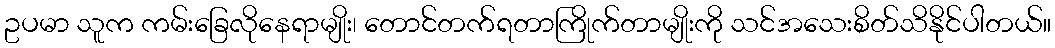
ဥပမာ သူက ကမ်းခြေလိုနေရာမျိုး၊ တောင်တက်ရတာကြိုက်တာမျိုးကို သင်အသေးစိတ်သိနိုင်ပါတယ်။